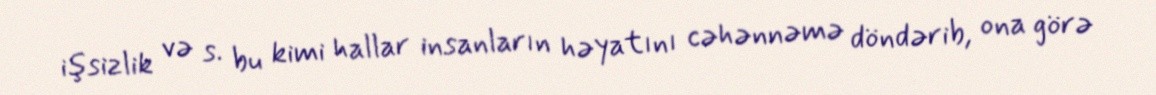
işsizlik və s. bu kimi hallar insanların həyatını cəhənnəmə döndərib, ona görə